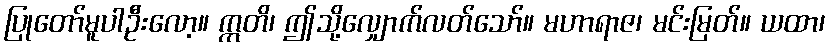
ပြုတော်မူပါဦးလော့။ ဣတိ၊ ဤသို့လျှောက်လတ်သော်။ မဟာရာဇ၊ မင်းမြတ်။ ယထာ၊